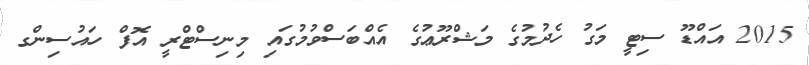
2015 އައްޑޫ ސިޓީ މަގު ހެދުމުގެ މަޝްރޫޢުގެ އެއްބަސްވުމުގައި މިނިސްޓްރީ އޮފް ހައުސިންގ